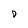
Character: 0